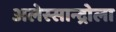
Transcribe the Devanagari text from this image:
अलेस्सान्द्रोला